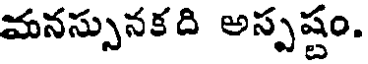
మనస్సునకది అస్పష్టం.